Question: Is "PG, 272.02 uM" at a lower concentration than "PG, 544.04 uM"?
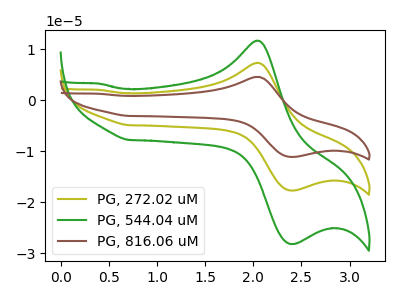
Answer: <think>The olive curve "PG, 272.02 uM" has an anodic peak at (2.05V, 7.35uA) and a cathodic peak at (2.40V, -17.70uA). The green curve "PG, 544.04 uM" has an anodic peak at (2.05V, 11.70uA) and a cathodic peak at (2.40V, -28.20uA). The brown curve "PG, 816.06 uM" has an anodic peak at (2.05V, 14.70uA) and a cathodic peak at (2.40V, -35.40uA).
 All the peaks in "PG, 544.04 uM" have a peak in "PG, 272.02 uM" at the same potential. Every peak in "PG, 544.04 uM" is higher than every peak in "PG, 272.02 uM".</think>
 <answer>"PG, 544.04 uM" has more signal than "PG, 272.02 uM" and so likely has a higher concentration.</answer>
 <eval>more_concentration</eval>